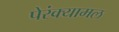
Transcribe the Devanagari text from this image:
पेरंक्यामल